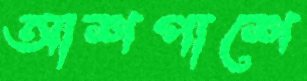
আশপাশে